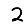
Digit: 2